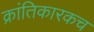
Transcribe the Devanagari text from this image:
क्रांतिकारकच